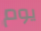
يوم